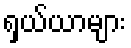
ရှယ်ယာများ